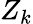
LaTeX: Z_{k}